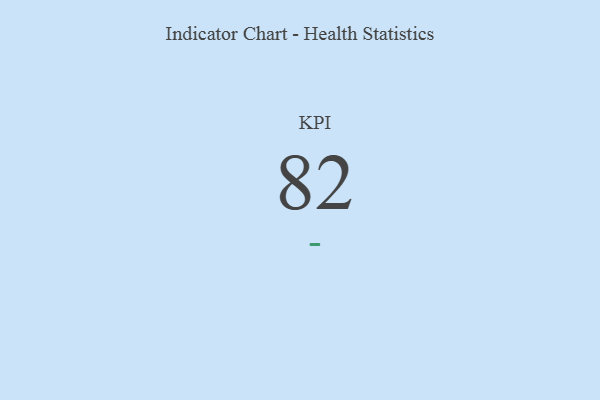
{"axis": {"x": "KPI", "y": "Value"}, "legend": [""], "data": [{"x": "KPI", "y": 82, "type": ""}]}